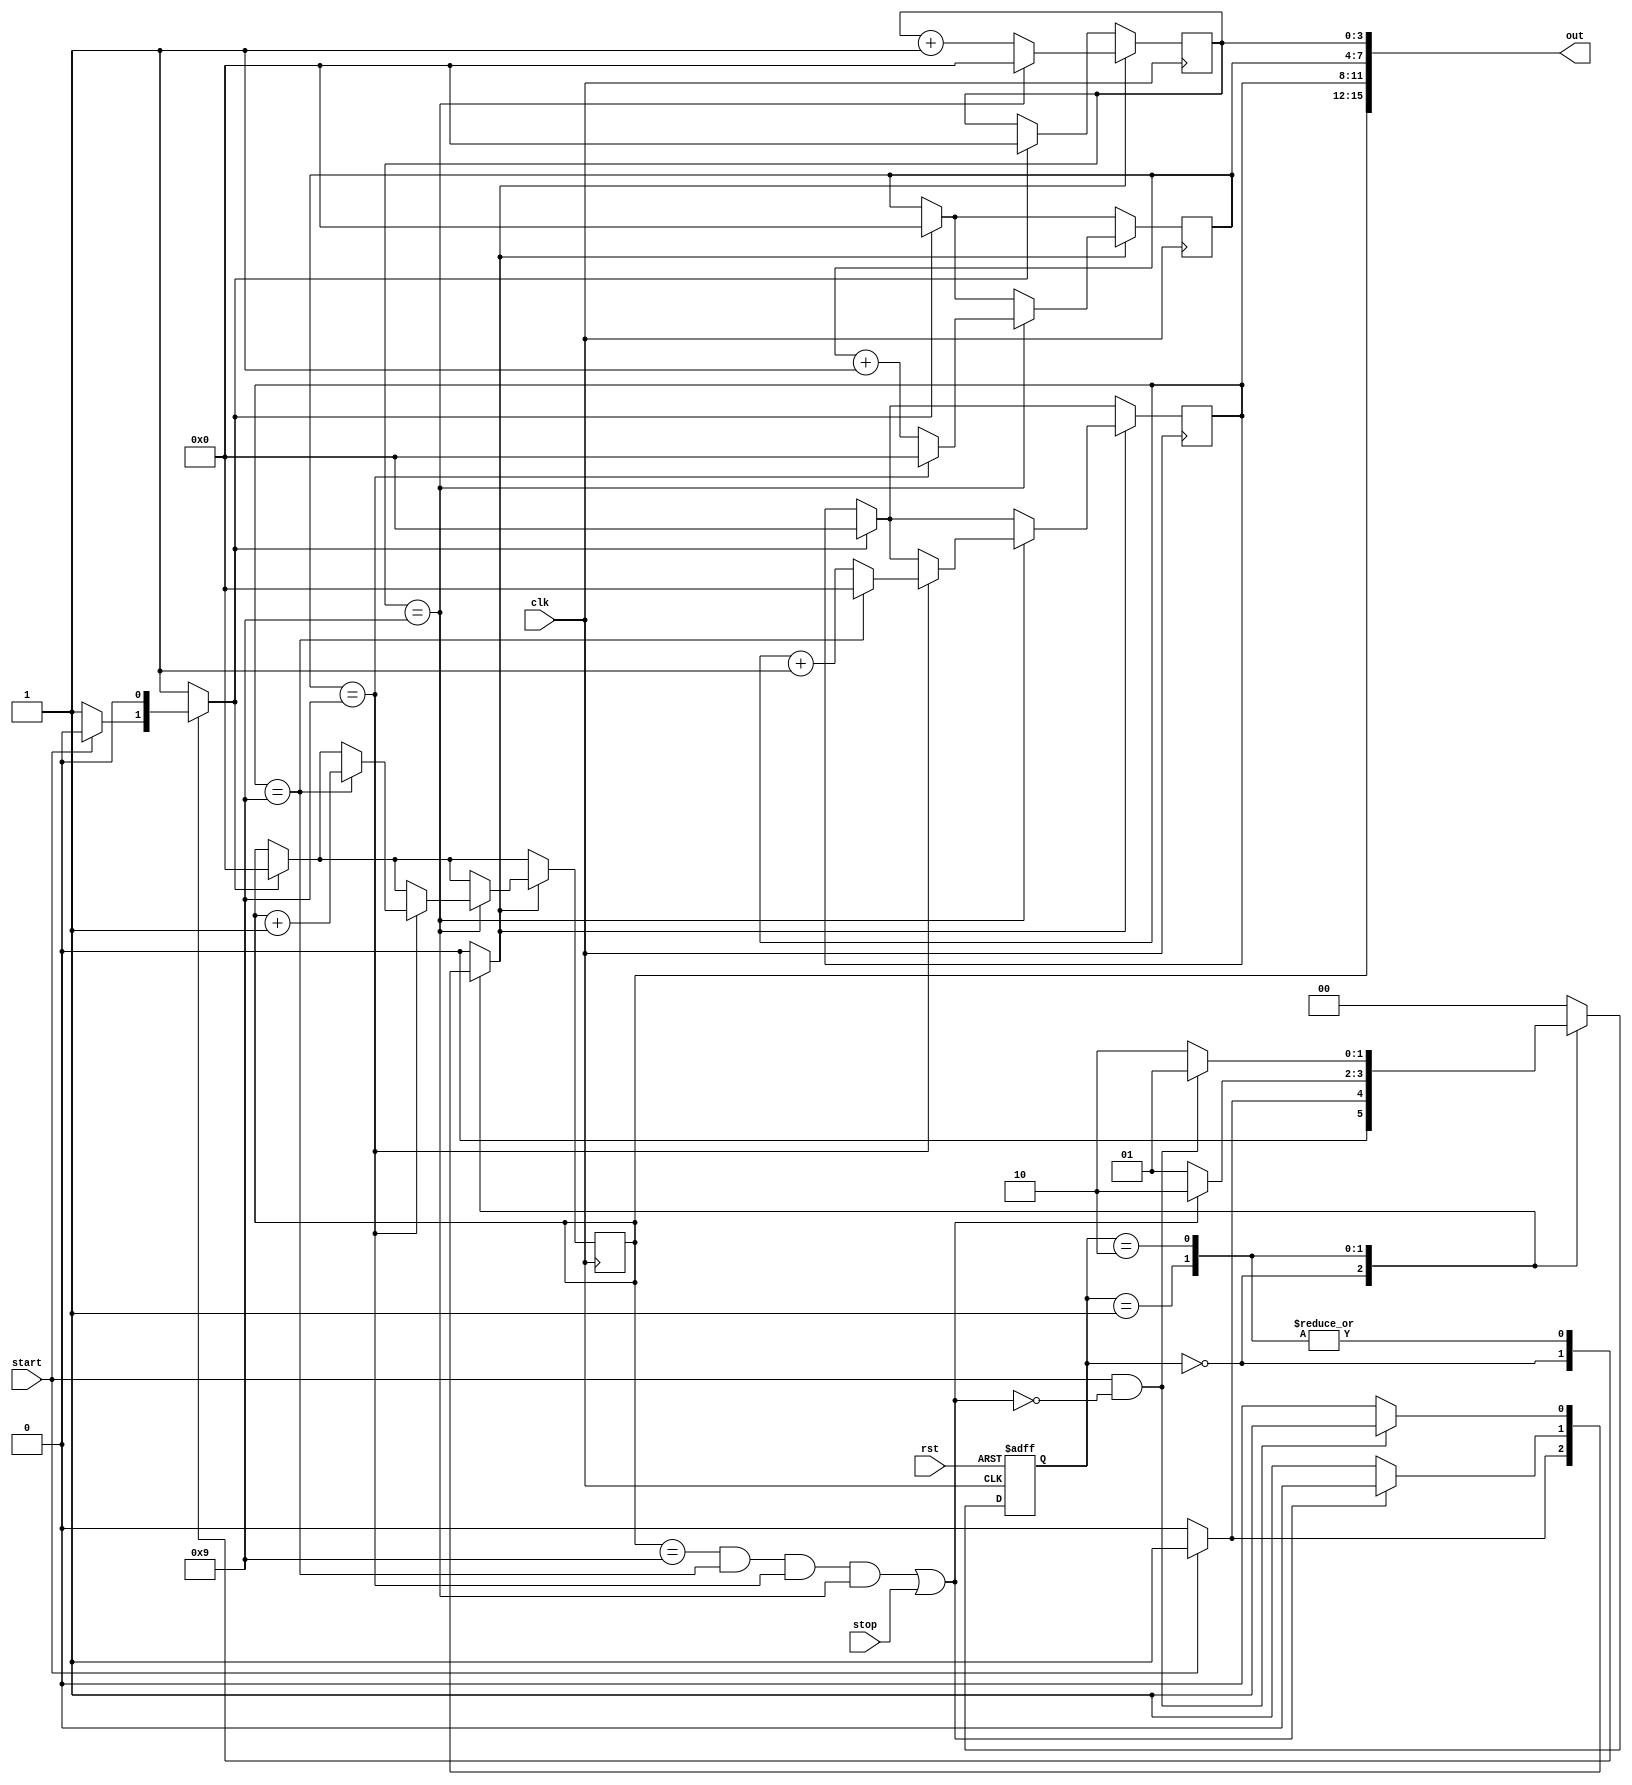
`timescale 1ns / 1ps

module timer(
    input   clk, rst, start, stop,
    output  [15:0] out
    );
    
    parameter [1:0] S0=2'b00,                                                       // State 
                     S1=2'b01,
                     S2=2'b10;
                     
    reg       Reg_rst, count;                                                       // rst  , count   
    reg [1:0] PS,NS;                                                                //  state  state   
    reg [3:0] hexa, hexb, hexc, hexd;                                               // 16     
    wire      Reg_stop;                                                             // count stop 
    
    assign  Reg_stop = ((hexa==9 && hexb==9 && hexc==9 && hexd==9) || stop);        // 99:99 stop   count    
    assign  out = {hexa[3:0],hexb[3:0],hexc[3:0],hexd[3:0]};                        //      
    
    initial begin                                                                   // hexa 
        PS=S0;
         hexa<=4'b0000;
         hexb<=4'b0000;
         hexc<=4'b0000;
         hexd<=4'b0000; 
    end
    
    always@(posedge clk, posedge rst) begin                                        // clock rst  trigger
        if (rst) begin    
  
        PS<=S0;
        end                                                         // rst 1    
        else        PS<=NS;                                                         // PS  state  
   end
   
   always@ (*) begin                                                     // PS  
        Reg_rst=0;    count=0;                                          //  
        case(PS)
            S0 : if(start) begin                                        // S0  start 1 
                  count=1;                                              // count 1   
                                                 NS=S1;                 //  state S1 
                 end
                 else begin
                  Reg_rst=1;                                            // Reg_rst 1 
                                                 NS=S0;                 //  state S0 
                 end 
            S1 : if(Reg_stop) begin                                     // S1 Reg_stop 1  
                                                 NS=S2;                 //  state S2 
                 end 
                 else begin 
                  count=1;                                              // count 1   
                                                 NS=S1;                 //  state S1 
                 end
            S2 : if(start && !Reg_stop) begin                           // S2 start 1 Reg_stop 0 
                  count=1;                                              // count 1   
                                                 NS=S1;                 //  state S1 
                 end
                 else begin
                                                 NS=S2;                 //    state S2 
                 end      
       default : begin                                                  //   state   
                  Reg_rst=1;
                                                 NS=S0;                 //  state S0             
                 end 
        endcase                              
   end 
    
    always @(posedge clk) begin                     // clk   
        if(Reg_rst) begin                           // Reg_rst 1
         hexa<=4'b0000;                             // hexa,b, c, d 0 
         hexb<=4'b0000;
         hexc<=4'b0000;
         hexd<=4'b0000;        
        end 
        if(count) begin                             // count 1
         hexd<=hexd+1'b1;                           // 0.01 
             if(hexd==4'd9) begin                   // 0.1 
              hexd<=4'b0;                           // xx,x0 
              hexc<=hexc+1'b1;                      // 0.1   
                 if(hexc==4'd9) begin                // 1
                  hexc<=4'b0;                       // xx,00 
                  hexb<=hexb+1'b1;                  // 1 
                     if(hexb==4'd9) begin            // 10    
                      hexb<=4'b0;                   // x0,00 
                      hexa<=hexa+1'b1;              // 10 
                     end
                 end  
             end        
        end 
    end 
     
endmodule